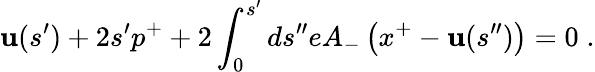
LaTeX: \mathbf{u}(s^{\prime})+2s^{\prime}p^{+}+2\int_{0}^{s^{\prime}}ds^{\prime\prime}eA_{-}\left(x^{+}-\mathbf{u}(s^{\prime\prime})\right)=0\; .